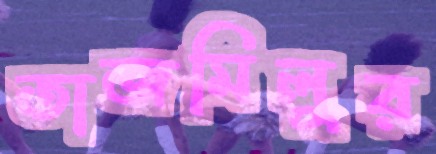
তাজমিলুর